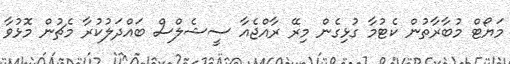
މަޔޯޓް މުބާރާތުން ކެޓުމާ ގުޅިގެން މިރޭ ރާއްޖެއާ ސީޝެލްސް ބައްދަލުކުރާ މެޗުން މޮޅުވާ